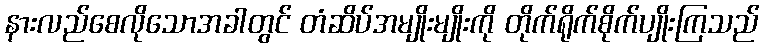
နားလည်စေလိုသောအခါတွင် တံဆိပ်အမျိုးမျိုးကို တိုက်ရိုက်စိုက်ပျိုးကြသည်